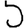
Digit: 5